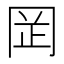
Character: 𫝍